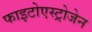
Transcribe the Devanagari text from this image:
फाइटोएस्ट्रोजेन